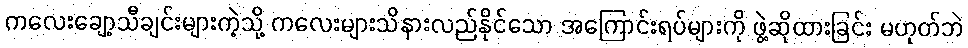
ကလေးချော့သီချင်းများကဲ့သို့ ကလေးများသိနားလည်နိုင်သော အကြောင်းရပ်များကို ဖွဲ့ဆိုထားခြင်း မဟုတ်ဘဲ